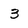
Character: 3